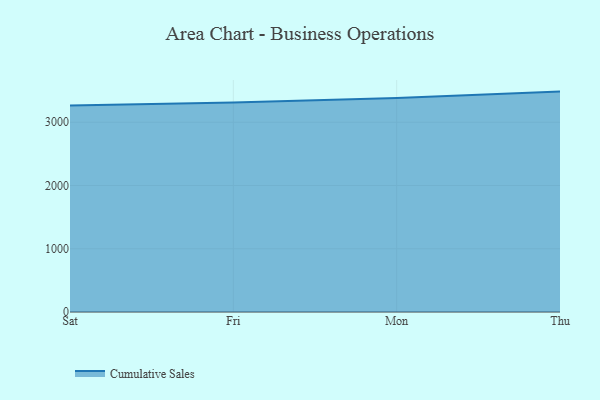
{"axis": {"x": "Day", "y": "Gross Profit (USD K)"}, "legend": ["Cumulative Sales"], "data": [{"x": "Sat", "y": 3264.4, "type": "Cumulative Sales"}, {"x": "Fri", "y": 3312.5, "type": "Cumulative Sales"}, {"x": "Mon", "y": 3385.1, "type": "Cumulative Sales"}, {"x": "Thu", "y": 3484.8, "type": "Cumulative Sales"}]}